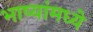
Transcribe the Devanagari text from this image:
भाष्यांमध्ये